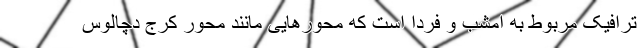
ترافیک مربوط به امشب و فردا است که محورهایی مانند محور کرج دچالوس